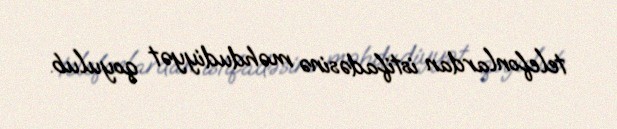
telefonlardan istifadəsinə məhdudiyyət qoyulub.